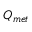
Q _ { m e t }